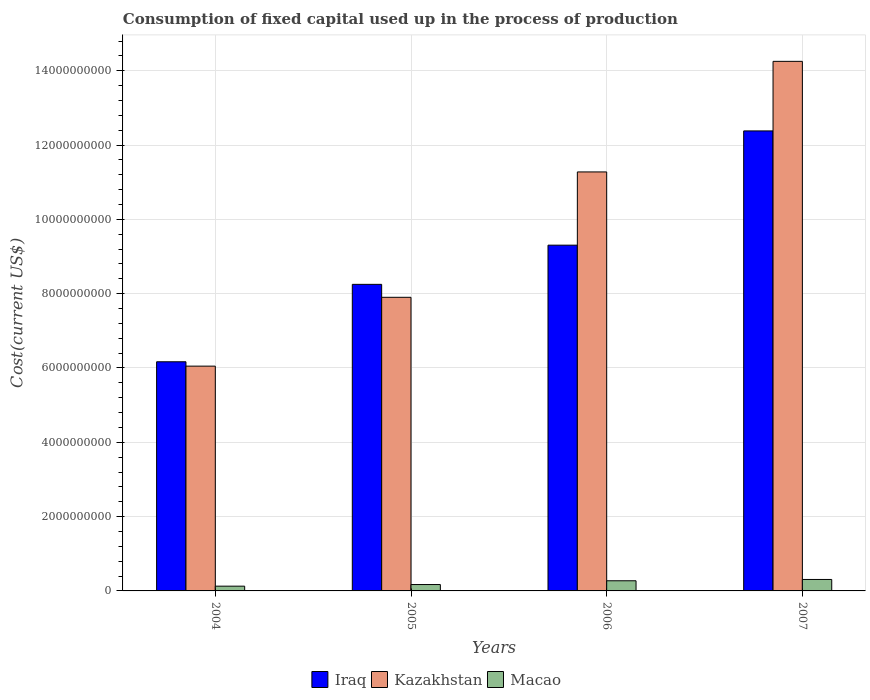
| Years | Iraq | Kazakhstan | Macao |
 | --- | --- | --- | --- |
 | 2004 | 6.17e+09 | 6.05e+09 | 1.28e+08 |
 | 2005 | 8.25e+09 | 7.9e+09 | 1.72e+08 |
 | 2006 | 9.31e+09 | 1.13e+10 | 2.73e+08 |
 | 2007 | 1.24e+10 | 1.43e+10 | 3.08e+08 |